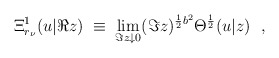
\begin{align*}\Xi^1_{r_\nu}(u|\Re z)\; \equiv\; \lim_{\Im z\downarrow 0}(\Im z)^{\frac{1}{2}b^2} \Theta^{\frac{1}{2}}(u|z)\ \ ,\end{align*}